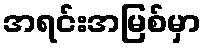
အရင်းအမြစ်မှာ